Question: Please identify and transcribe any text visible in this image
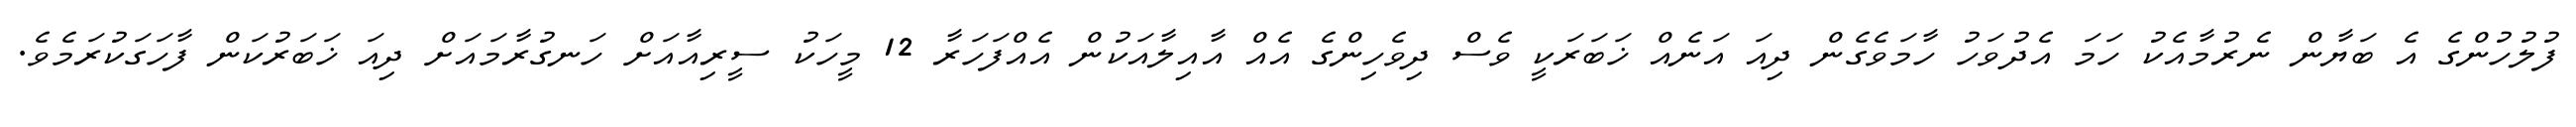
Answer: ފުލުހުންގެ އެ ބަޔާން ނެރުމާއެކު ހަމަ އެދުވަހު ހާމަވެގެން ދިއަ އަނެއް ޚަބަރަކީ ވެސް ދިވެހިންގެ އެއް އާއިލާއަކުން އެއްފަހަރާ 12 މީހަކު ސީރިއާއަށް ހަނގުރާމައަށް ދިއަ ޚަބަރުކަން ފާހަގަކުރަމެވެ.